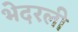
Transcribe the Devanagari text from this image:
भेदरली